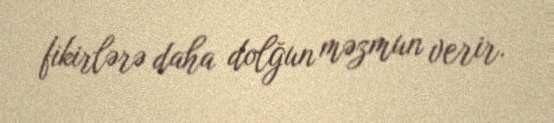
fikirlərə daha dolğun məzmun verir.